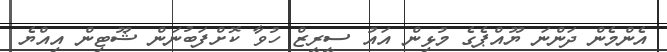
އެންމެން ދަންނަ ޔޫއްޕެގެ މުޅިން އައު ސީރީޒް ހުވާ ކޮށްފަބުނަން ޝޫޓިން އިއްޔެ